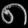
Digit: ၈